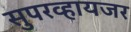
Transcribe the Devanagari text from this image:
सुपरव्हायजर